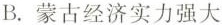
B.蒙古经济实力强大